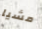
مشيا